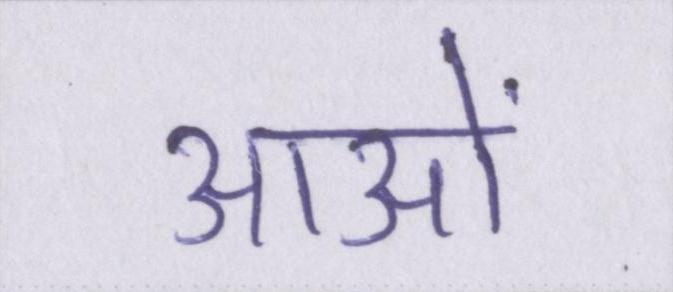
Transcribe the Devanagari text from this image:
आओं